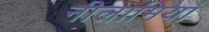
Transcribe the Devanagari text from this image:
नीलामियां